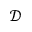
\mathcal { D }